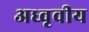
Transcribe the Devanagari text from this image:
अध्वृवीय